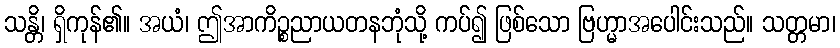
သန္တိ၊ ရှိကုန်၏။ အယံ၊ ဤအာကိဉ္စညာယတနဘုံသို့ ကပ်၍ ဖြစ်သော ဗြဟ္မာအပေါင်းသည်။ သတ္တမာ၊